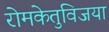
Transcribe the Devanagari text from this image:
रोमकेतुविजया